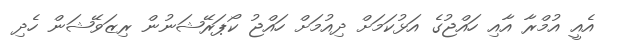
އެއީ އުމްރާ އާއި ހައްޖުގެ އަޅުކަމަށް ދިއުމަށް ހައްޖު ކޯޕަރޭޝަނުން ރިޒަވޭޝަން ހެދި